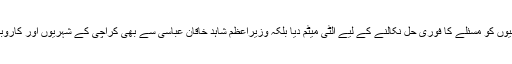
مراد علی شاہ نے یہ بے باک اور خوش آئند اقدام کرتے ہوئے نہ صرف دونوں کمپنیوں کو مسئلے کا فوری حل نکالنے کے لیے الٹی میٹم دیا بلکہ وزیراعظم شاہد خاقان عباسی سے بھی کراچی کے شہریوں اور کاروباری سرگرمیوں کے ریلیف کے لیے اس معاملے میں مداخلت کرنے کا مطالبہ کیا۔